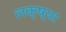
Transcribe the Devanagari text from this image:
लक्ष्‍या